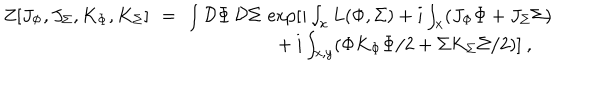
\begin{array} { r c l } { { Z [ J _ { \Phi } , J _ { \Sigma } , K _ { \Phi } , K _ { \Sigma } ] \! \! } } & { { = } } & { { \! \! \int { \cal D } \Phi \, { \cal D } \Sigma \, \exp [ i \int _ { x } L ( \Phi , \Sigma ) + i \int _ { x } ( J _ { \Phi } \Phi + J _ { \Sigma } \Sigma ) } } \\ { { } } & { { } } & { { { } ~ ~ + i \int _ { x , y } ( \Phi K _ { \Phi } \Phi / 2 + \Sigma K _ { \Sigma } \Sigma / 2 ) ] ~ , } } \\ \end{array}